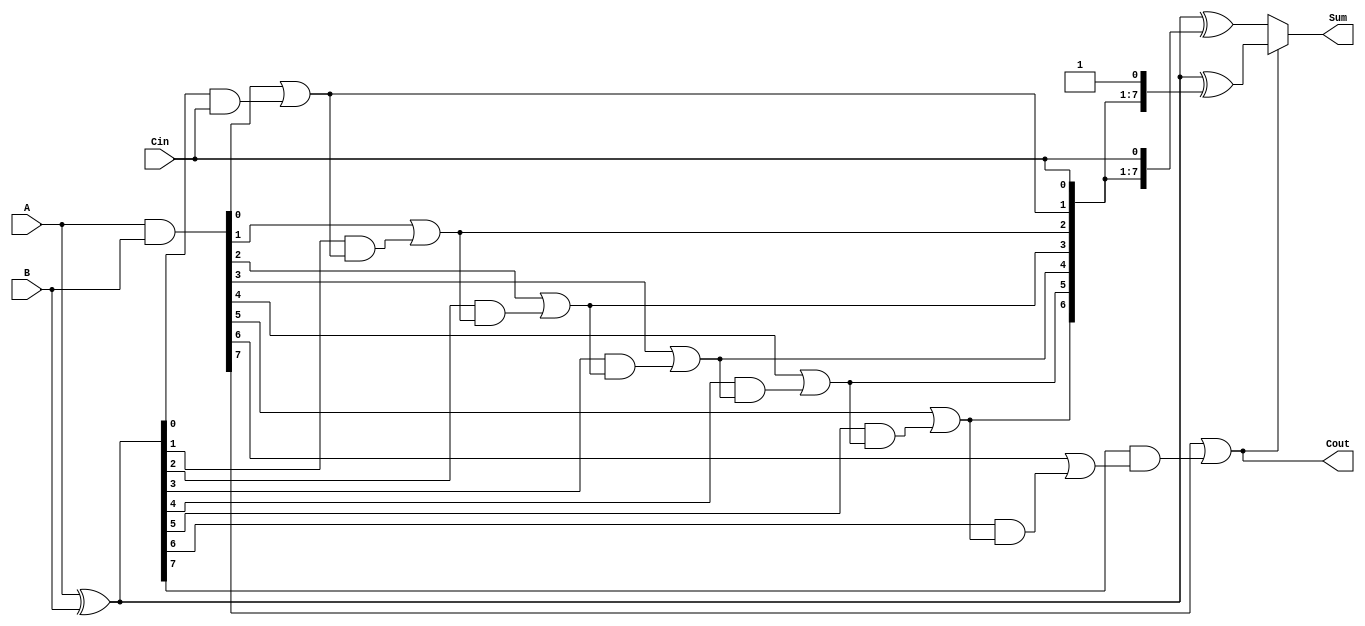
module Parallel_Prefix_Carry_Select_Adder #(parameter N = 8) (
    input [N-1:0] A,    // First operand
    input [N-1:0] B,    // Second operand
    input Cin,          // Carry input
    output [N-1:0] Sum, // Sum output
    output Cout         // Carry output
);

    // Generate and Propagate Signals
    wire [N-1:0] G; // Generate
    wire [N-1:0] P; // Propagate
    wire [N:0] C;   // Carry signals

    assign G = A & B;               // Generate signal
    assign P = A ^ B;               // Propagate signal
    
    // Carry generation (Prefix tree)
    assign C[0] = Cin;              // Initial carry input

    // Level 1
    genvar i;
    generate
        for (i = 0; i < N; i = i + 1) begin: carry_generation
            if (i == 0) begin
                assign C[i + 1] = G[i] | (P[i] & C[i]);
            end else begin
                assign C[i + 1] = G[i] | (P[i] & C[i]);
            end
        end
    endgenerate

    // Sum calculation
    wire [N-1:0] Sum0; // Sum when Cin = 0
    wire [N-1:0] Sum1; // Sum when Cin = 1

    assign Sum0 = A ^ B ^ {C[N-1:0], Cin}; // Sum when Cin = 0
    assign Sum1 = A ^ B ^ {C[N-1:0], 1'b1}; // Sum when Cin = 1

    // Final Sum selection based on carry-out
    assign Sum = (C[N] == 1'b0) ? Sum0 : Sum1;
    
    // Final carry-out
    assign Cout = C[N];

endmodule